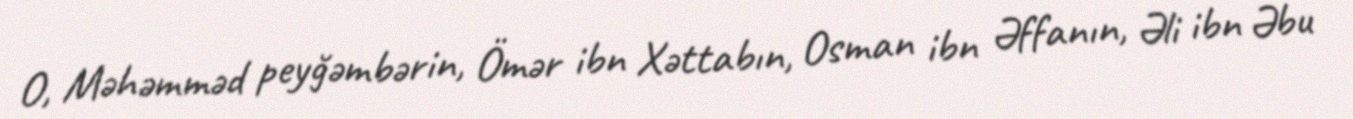
O, Məhəmməd peyğəmbərin, Ömər ibn Xəttabın, Osman ibn Əffanın, Əli ibn Əbu